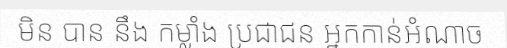
មិន បាន នឹង កម្លាំង ប្រជាជន អ្នកកាន់អំណាច